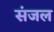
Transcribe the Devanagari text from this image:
संजल